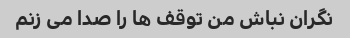
نگران نباش من توقف ها را صدا می زنم